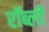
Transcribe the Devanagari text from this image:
रॉब्ली